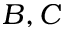
B , C